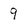
Character: 9